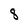
Character: 8